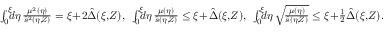
\begin{array} { r } { \int _ { 0 } ^ { \xi } \! \! \! d \eta \, \frac { \mu ^ { 2 } ( \eta ) } { \hat { s } ^ { 2 } ( \eta , \! Z ) } = \xi \! + \! 2 \hat { \Delta } ( \xi , \! Z ) , \: \: \int _ { 0 } ^ { \xi } \! \! \! d \eta \, \frac { \mu ( \eta ) } { \hat { s } ( \eta , \! Z ) } \le \xi \! + \! \hat { \Delta } ( \xi , \! Z ) , \: \: \int _ { 0 } ^ { \xi } \! \! \! d \eta \, \sqrt { \! \frac { \mu ( \eta ) } { \hat { s } ( \eta , \! Z ) } } \le \xi \! + \! \frac 1 2 \hat { \Delta } ( \xi , \! Z ) . \quad } \end{array}